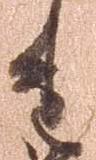
重